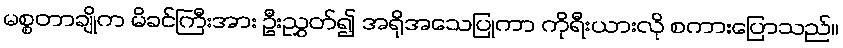
မစ္စတာချိုက မိခင်ကြီးအား ဦးညွှတ်၍ အရိုအသေပြုကာ ကိုရီးယားလို စကားပြောသည်။